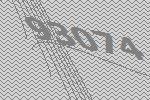
93074